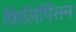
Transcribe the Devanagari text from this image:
फिलिपिंसन